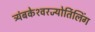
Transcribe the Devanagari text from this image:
त्र्यंबकेश्‍वरज्योर्तिलिंग